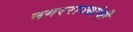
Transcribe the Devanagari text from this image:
नगरराज्यांची